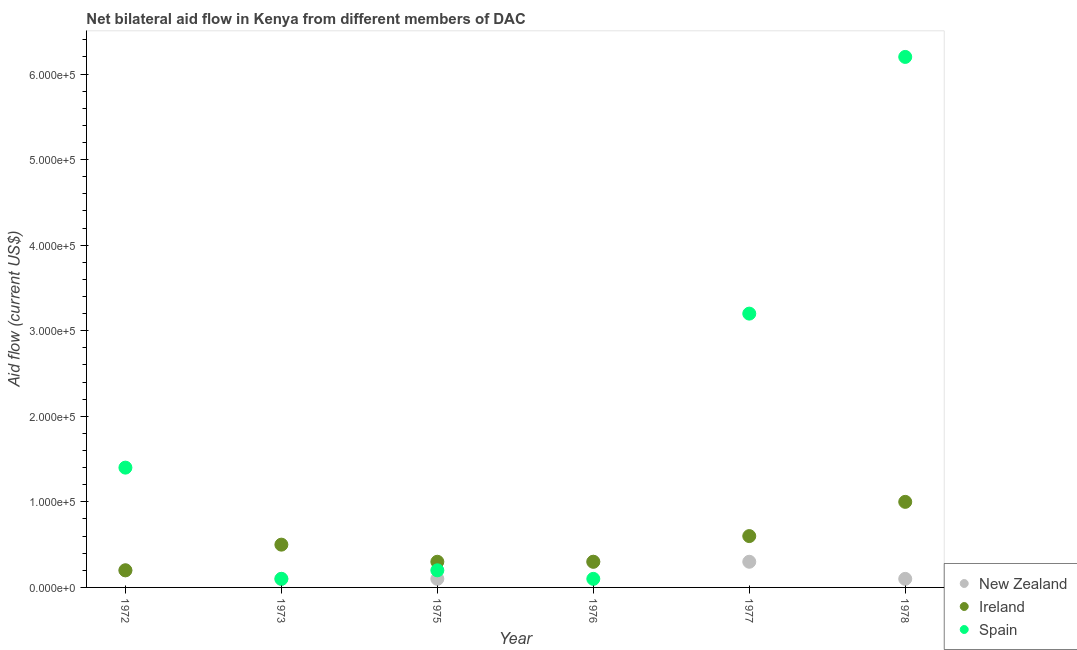
| Year | New Zealand | Ireland | Spain |
 | --- | --- | --- | --- |
 | 1972 | 2e+04 | 2e+04 | 1.4e+05 |
 | 1973 | 1e+04 | 5e+04 | 1e+04 |
 | 1975 | 1e+04 | 3e+04 | 2e+04 |
 | 1976 | 3e+04 | 3e+04 | 1e+04 |
 | 1977 | 3e+04 | 6e+04 | 3.2e+05 |
 | 1978 | 1e+04 | 1e+05 | 6.2e+05 |